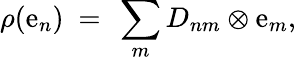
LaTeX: \rho(\mathrm{e}_{n})~=~\sum_{m}D_{nm}\otimes\mathrm{e}_{m},